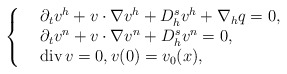
\begin{align*}\left\{ \begin{array}{rlll} &\partial_tv^h+ v\cdot\nabla v^h+D_h^s v^h+\nabla_h q=0,\\ &\partial_tv^n+v\cdot\nabla v^n+D_h^s v^n=0,\\ &\hbox{div}\,v=0,v(0)=v_0(x), \end{array} \right.\end{align*}